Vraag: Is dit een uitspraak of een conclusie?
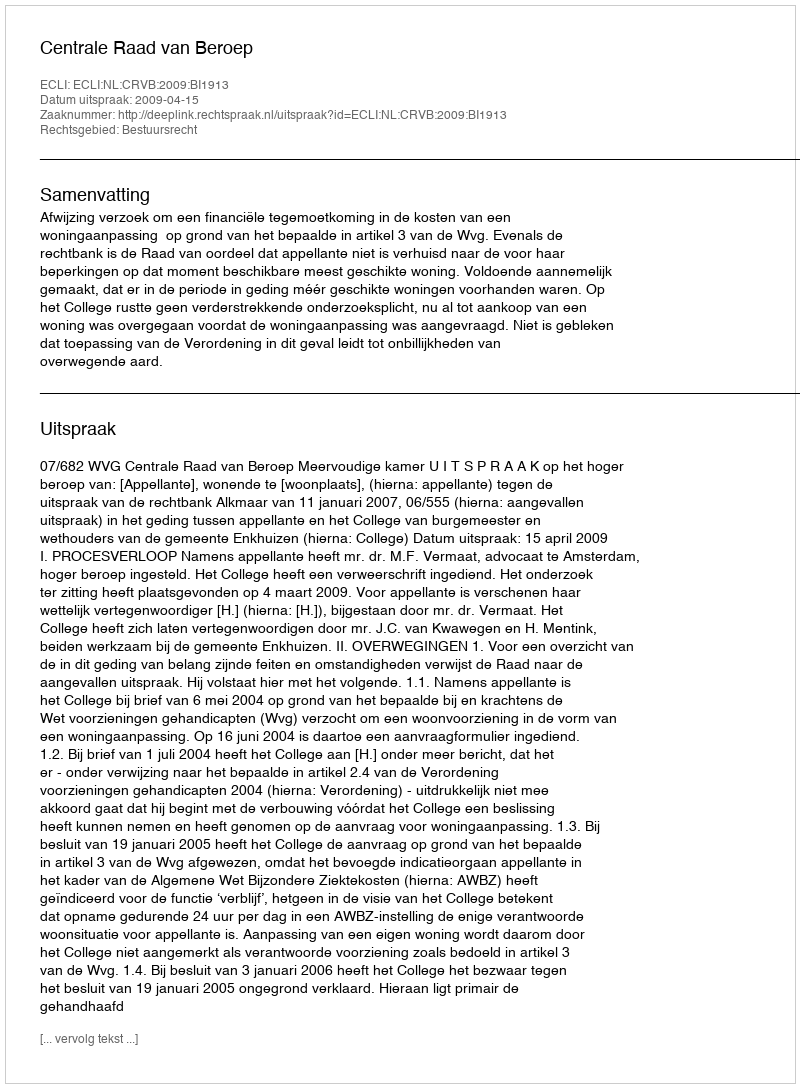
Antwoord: Uitspraak